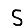
Digit: 5